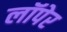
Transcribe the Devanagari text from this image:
लॉपेर